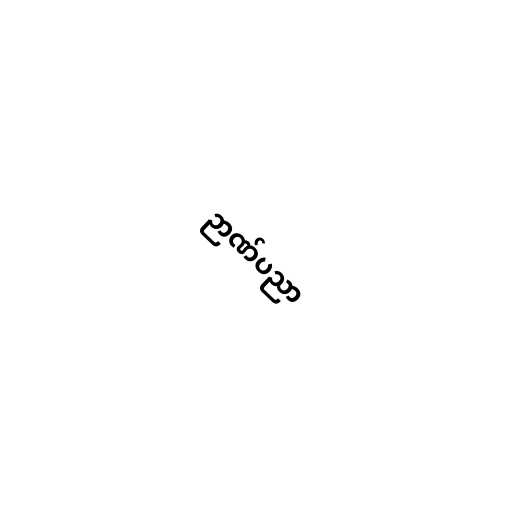
ဉာဏ်ပညာ